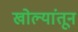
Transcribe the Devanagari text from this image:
खोल्यांतून